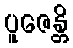
ပူဇေန္တိ